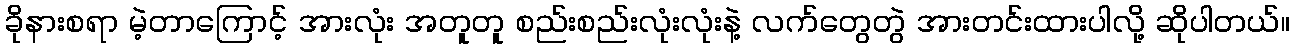
ခိုနားစရာ မဲ့တာကြောင့် အားလုံး အတူတူ စည်းစည်းလုံးလုံးနဲ့ လက်တွေတွဲ အားတင်းထားပါလို့ ဆိုပါတယ်။